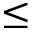
\le